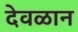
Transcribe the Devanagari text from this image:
देवळान